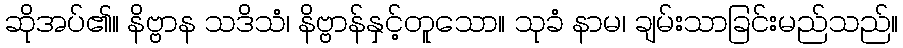
ဆိုအပ်၏။ နိဗ္ဗာန သဒိသံ၊ နိဗ္ဗာန်နှင့်တူသော။ သုခံ နာမ၊ ချမ်းသာခြင်းမည်သည်။